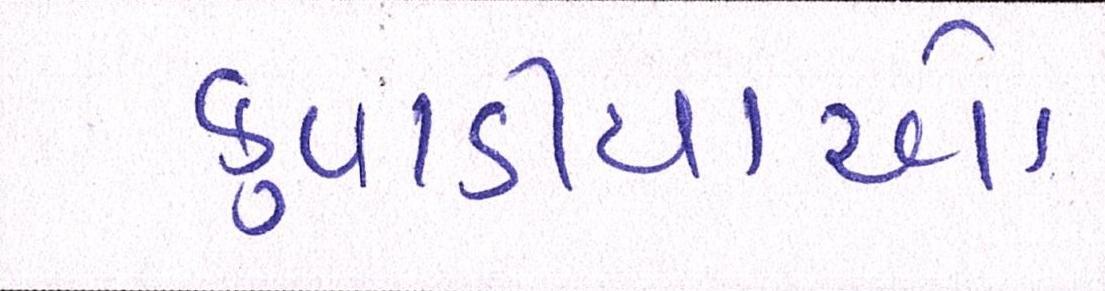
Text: કુવાડીયાઓ